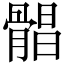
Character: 𩩫